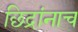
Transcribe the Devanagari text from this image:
छिद्रांनाच